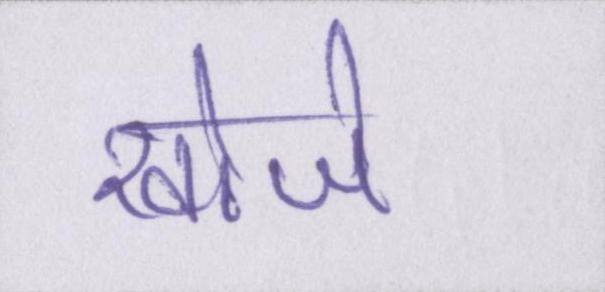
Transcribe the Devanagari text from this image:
खोजे